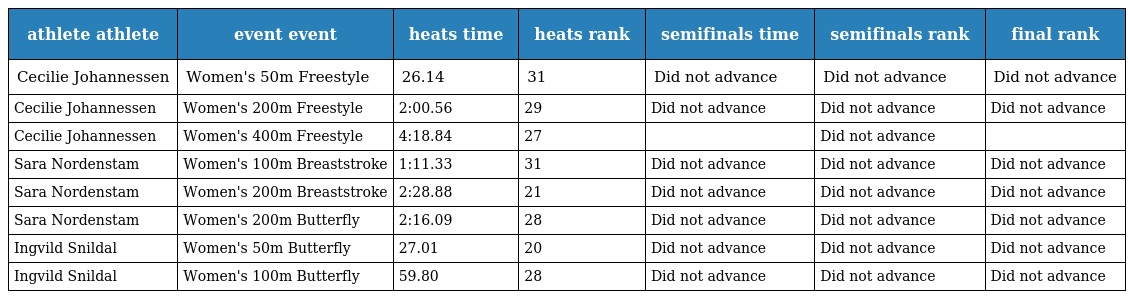
| athlete athlete | event event | heats time | heats rank | semifinals time | semifinals rank | final rank |
 | --- | --- | --- | --- | --- | --- | --- |
 | Cecilie Johannessen | Women's 50m Freestyle | 26.14 | 31 | Did not advance | Did not advance | Did not advance |
 | Cecilie Johannessen | Women's 200m Freestyle | 2:00.56 | 29 | Did not advance | Did not advance | Did not advance |
 | Cecilie Johannessen | Women's 400m Freestyle | 4:18.84 | 27 |  | Did not advance |  |
 | Sara Nordenstam | Women's 100m Breaststroke | 1:11.33 | 31 | Did not advance | Did not advance | Did not advance |
 | Sara Nordenstam | Women's 200m Breaststroke | 2:28.88 | 21 | Did not advance | Did not advance | Did not advance |
 | Sara Nordenstam | Women's 200m Butterfly | 2:16.09 | 28 | Did not advance | Did not advance | Did not advance |
 | Ingvild Snildal | Women's 50m Butterfly | 27.01 | 20 | Did not advance | Did not advance | Did not advance |
 | Ingvild Snildal | Women's 100m Butterfly | 59.80 | 28 | Did not advance | Did not advance | Did not advance |